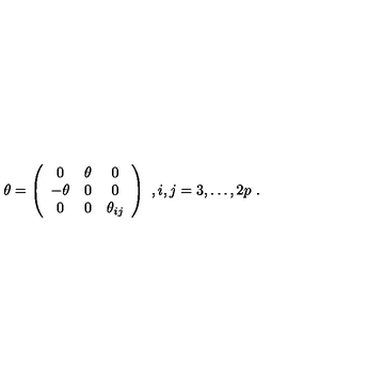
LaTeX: \theta = \left( \begin{array} { c c c } { 0 } & { \theta } & { 0 } \\ { - \theta } & { 0 } & { 0 } \\ { 0 } & { 0 } & { \theta _ { i j } } \\ \end{array} \right) \ , i , j = 3 , \dots , 2 p \ .